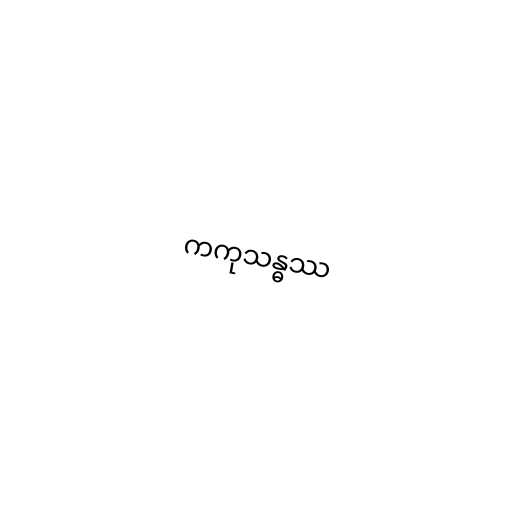
ကကုသန္ဓဿ